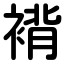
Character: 褙